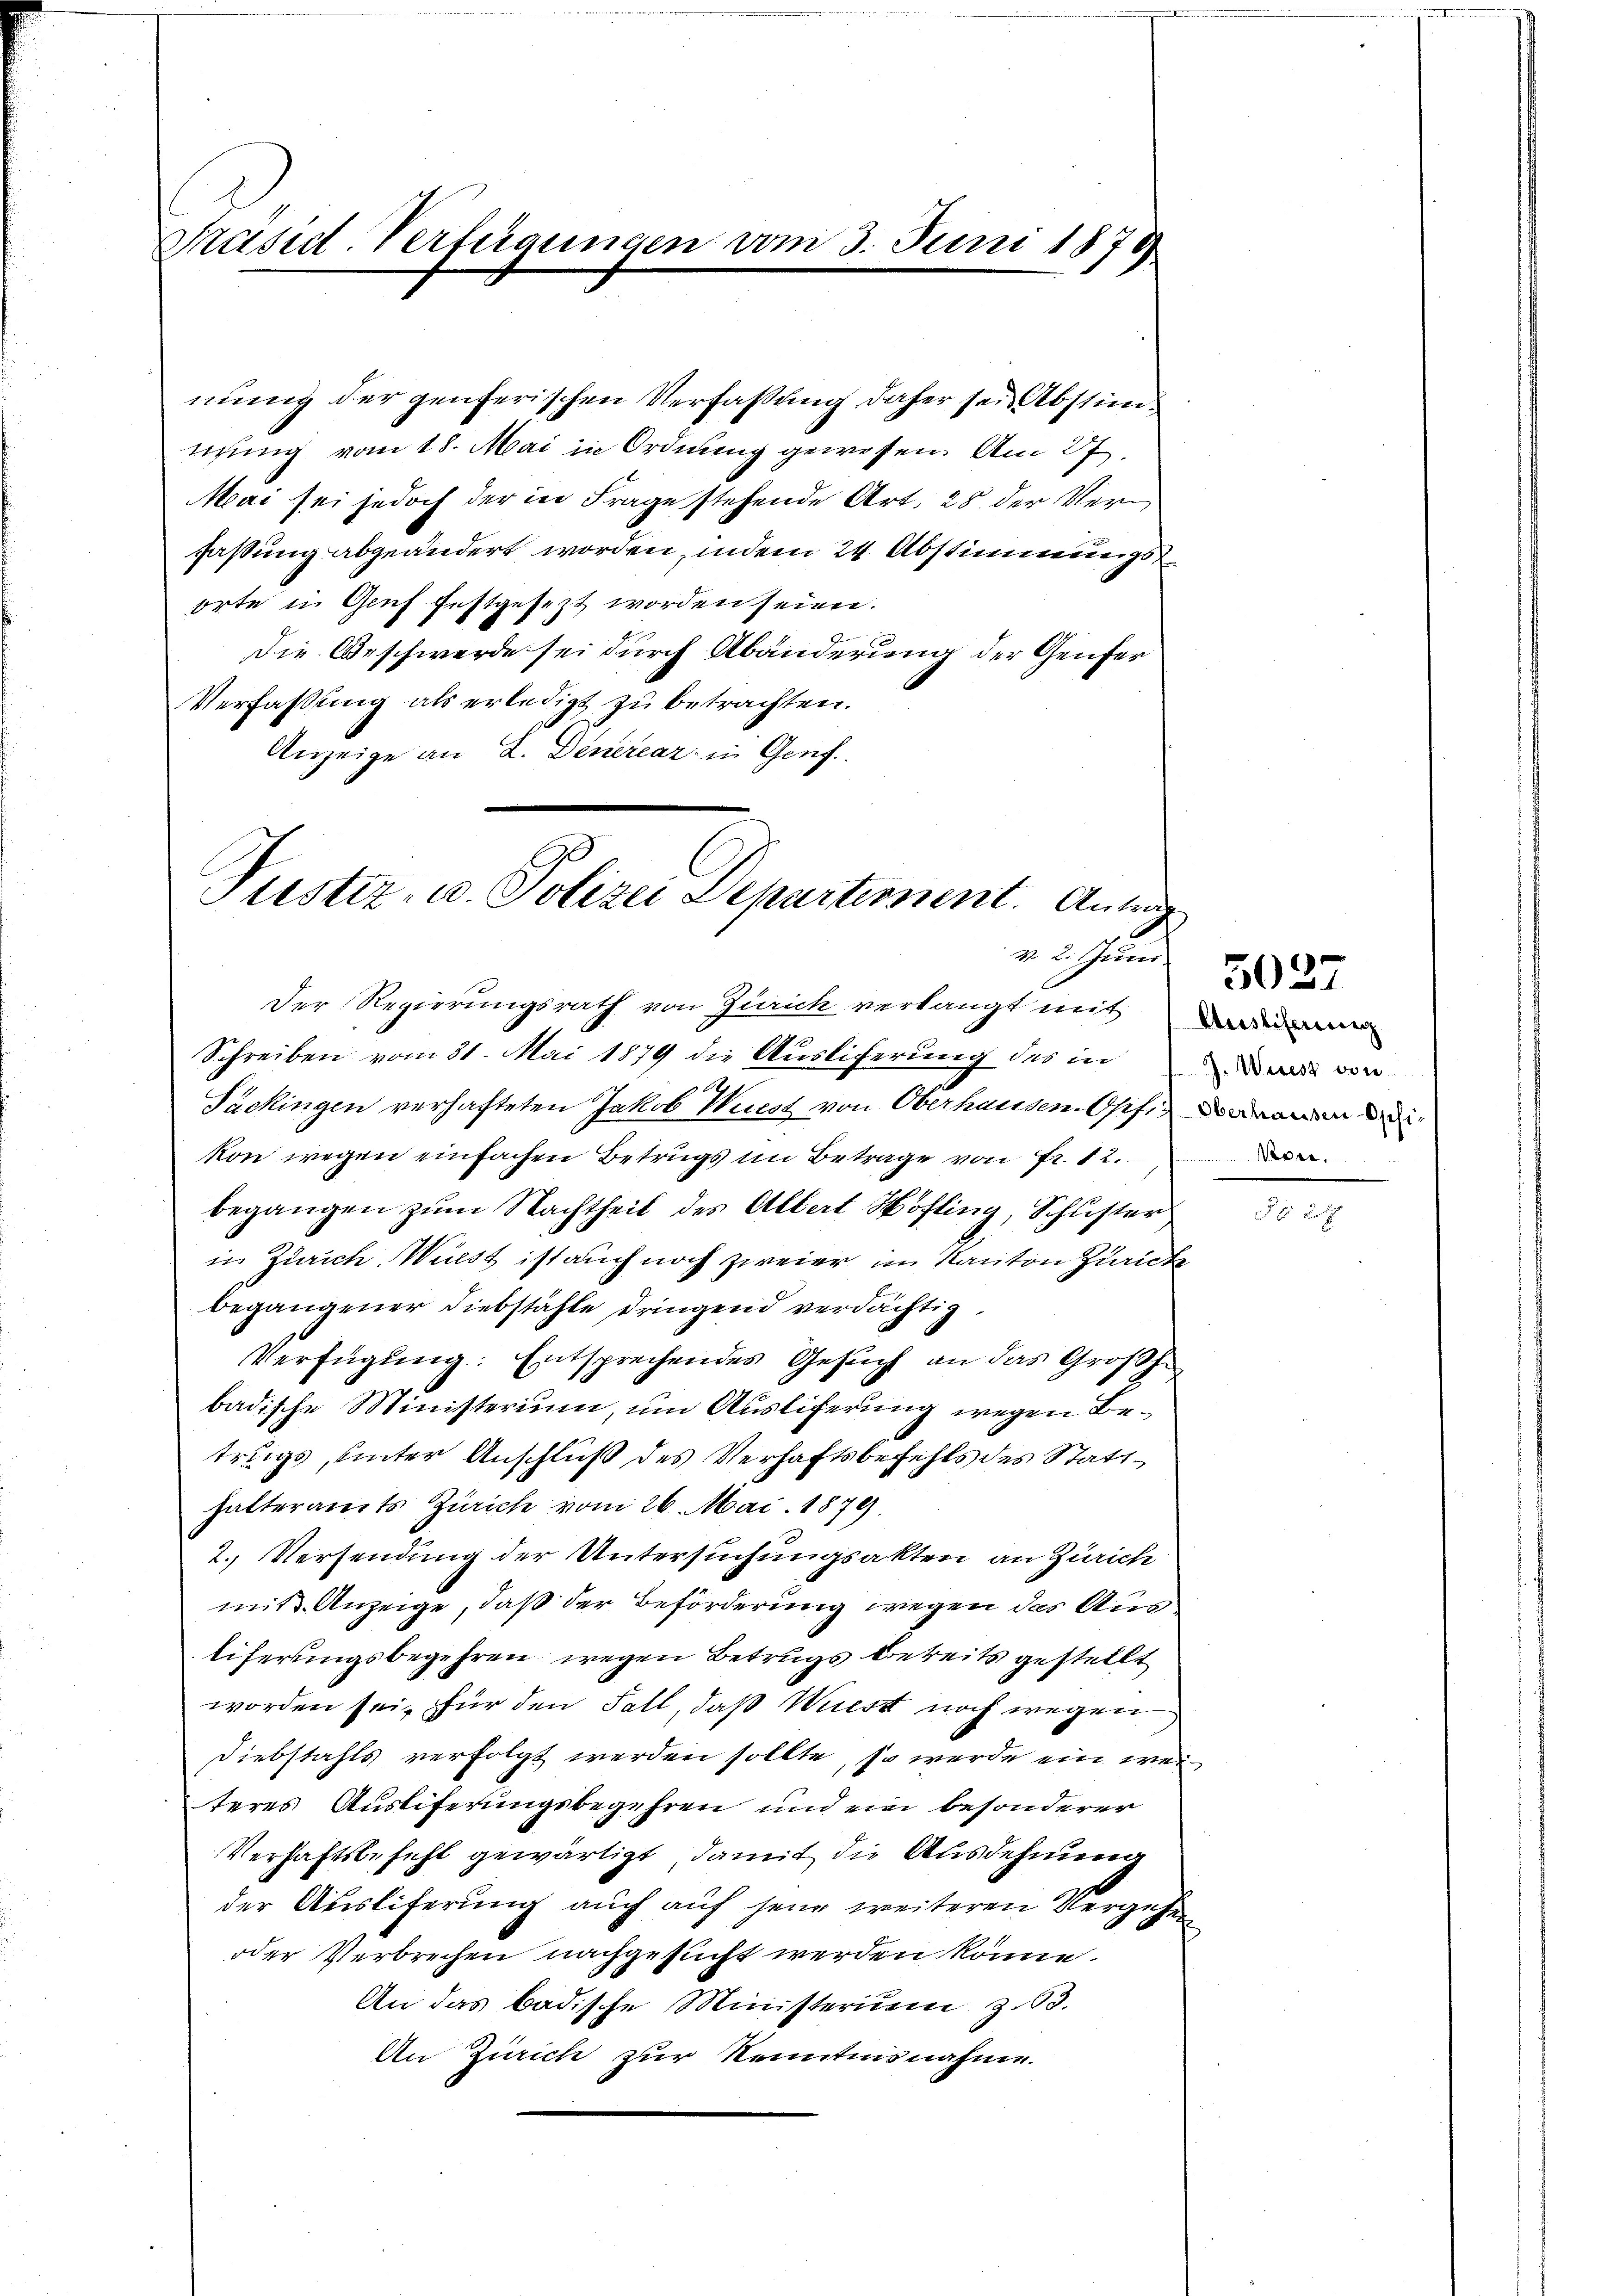
Präsid. Verfügungen vom 3. Juni 1878

mung der genferischen Verfaßung daher sei Abstimmung vom 18. Mai in Ordnung gewesen. Am 27.
Mai sei jedoch der in Frage stehende Art. 28. der Verfassung abgeändert worden, indem 24. Abstimmungs
orte in Genf festgesezt worden seien.
die Beschwerde sei durch Abänderung der Genfer
Verfassung als erledigt zu betrachten.
Anzeige an L. Denereaz in Genf.

Justiz- u. Polizei Departement. Antra

Sackingen verhafteten Jakob Wüest von Oberhausen Opfi, denen de
kon wegen einfachen Betrugs im Betrage von Fr. 12.
begangen zum Nachtheil des Albert Höfling, Schuster
in Zürich Wulst ist auch noch zweier im Kanton Zürich
begangener Diebstähle dringend verdächtig
Verfügung: Entsprechendes Gesuch an das Großhe
badische Ministerium, um Ausliferung wegen Betrugs, unter Anschluß des Verhaftsbefehls des Statthalteramts Zürich vom 26. Mai. 1879.
2. Versendung der Untersuchungsakten an Zürich
mit Anzeige, daß der Beförderung wegen das Austiferungsbegehren wegen Betrugs bereits gestellt
worden sei, für den Fall, daß Wiesst noch wegen
Diebstahls verfolgt werden sollte, so werde ein weiteres Ausliferungsbegehren und ein besonderer
Verhaftsbefehl gewärtigt, damit die Ausdehnung
der Ausliferung auch auf jene weiteren Vergehe
oder Verbrechen nachgesucht werden könne.
An das badische Ministerium z.63.
An Zürich zur Kenntnisnahme.

23 und
Der Regierungsrath von Zürich verlangt mit
Schreiben vom 31. Mai 1879 die Ausliferung des in von

.